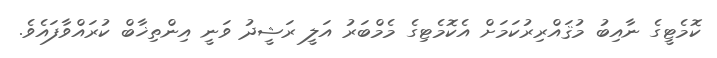
ކޮމެޓީގެ ނާއިބު މުޤައްރިރުކަމަށް އެކޮމެޓިގެ މެމްބަރު އަލީ ރަޝީދު ވަނީ އިންތިޚާބް ކުރައްވާފައެވެ.